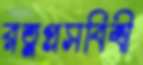
রত্নপ্রসবিত্রী